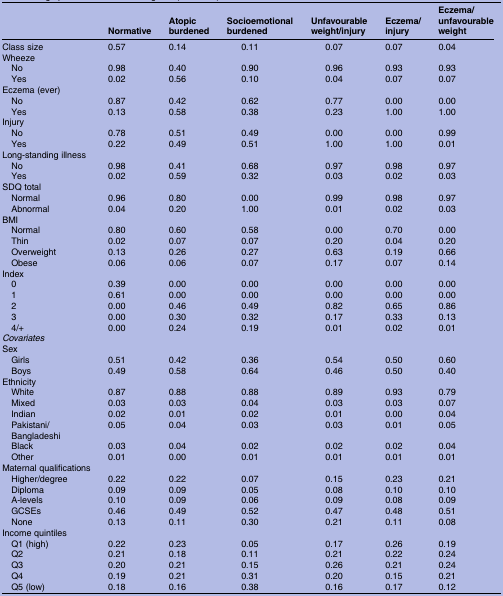
<table><thead><tr><td></td><td><b>Normative</b></td><td><b>Atopic burdened</b></td><td><b>Socioemotional burdened</b></td><td><b>Unfavourable weight/injury</b></td><td><b>Eczema/injury</b></td><td><b>Eczema/unfavourable weight</b></td></tr></thead><tbody><tr><td>Class size</td><td>0.57</td><td>0.14</td><td>0.11</td><td>0.07</td><td>0.07</td><td>0.04</td></tr><tr><td colspan="7">Wheeze</td></tr><tr><td> No</td><td>0.98</td><td>0.40</td><td>0.90</td><td>0.96</td><td>0.93</td><td>0.93</td></tr><tr><td> Yes</td><td>0.02</td><td>0.56</td><td>0.10</td><td>0.04</td><td>0.07</td><td>0.07</td></tr><tr><td colspan="7">Eczema (ever)</td></tr><tr><td> No</td><td>0.87</td><td>0.42</td><td>0.62</td><td>0.77</td><td>0.00</td><td>0.00</td></tr><tr><td> Yes</td><td>0.13</td><td>0.58</td><td>0.38</td><td>0.23</td><td>1.00</td><td>1.00</td></tr><tr><td colspan="7">Injury</td></tr><tr><td> No</td><td>0.78</td><td>0.51</td><td>0.49</td><td>0.00</td><td>0.00</td><td>0.99</td></tr><tr><td> Yes</td><td>0.22</td><td>0.49</td><td>0.51</td><td>1.00</td><td>1.00</td><td>0.01</td></tr><tr><td colspan="7">Long-standing illness</td></tr><tr><td> No</td><td>0.98</td><td>0.41</td><td>0.68</td><td>0.97</td><td>0.98</td><td>0.97</td></tr><tr><td> Yes</td><td>0.02</td><td>0.59</td><td>0.32</td><td>0.03</td><td>0.02</td><td>0.03</td></tr><tr><td colspan="7">SDQ total</td></tr><tr><td> Normal</td><td>0.96</td><td>0.80</td><td>0.00</td><td>0.99</td><td>0.98</td><td>0.97</td></tr><tr><td> Abnormal</td><td>0.04</td><td>0.20</td><td>1.00</td><td>0.01</td><td>0.02</td><td>0.03</td></tr><tr><td colspan="7">BMI</td></tr><tr><td> Normal</td><td>0.80</td><td>0.60</td><td>0.58</td><td>0.00</td><td>0.70</td><td>0.00</td></tr><tr><td> Thin</td><td>0.02</td><td>0.07</td><td>0.07</td><td>0.20</td><td>0.04</td><td>0.20</td></tr><tr><td> Overweight</td><td>0.13</td><td>0.26</td><td>0.27</td><td>0.63</td><td>0.19</td><td>0.66</td></tr><tr><td> Obese</td><td>0.06</td><td>0.06</td><td>0.07</td><td>0.17</td><td>0.07</td><td>0.14</td></tr><tr><td colspan="7">Index</td></tr><tr><td> 0</td><td>0.39</td><td>0.00</td><td>0.00</td><td>0.00</td><td>0.00</td><td>0.00</td></tr><tr><td> 1</td><td>0.61</td><td>0.00</td><td>0.00</td><td>0.00</td><td>0.00</td><td>0.00</td></tr><tr><td> 2</td><td>0.00</td><td>0.46</td><td>0.49</td><td>0.82</td><td>0.65</td><td>0.86</td></tr><tr><td> 3</td><td>0.00</td><td>0.30</td><td>0.32</td><td>0.17</td><td>0.33</td><td>0.13</td></tr><tr><td> 4/+</td><td>0.00</td><td>0.24</td><td>0.19</td><td>0.01</td><td>0.02</td><td>0.01</td></tr><tr><td colspan="7"><i>Covariates</i></td></tr><tr><td colspan="7">Sex</td></tr><tr><td> Girls</td><td>0.51</td><td>0.42</td><td>0.36</td><td>0.54</td><td>0.50</td><td>0.60</td></tr><tr><td> Boys</td><td>0.49</td><td>0.58</td><td>0.64</td><td>0.46</td><td>0.50</td><td>0.40</td></tr><tr><td colspan="7">Ethnicity</td></tr><tr><td> White</td><td>0.87</td><td>0.88</td><td>0.88</td><td>0.89</td><td>0.93</td><td>0.79</td></tr><tr><td> Mixed</td><td>0.03</td><td>0.03</td><td>0.04</td><td>0.03</td><td>0.03</td><td>0.07</td></tr><tr><td> Indian</td><td>0.02</td><td>0.01</td><td>0.02</td><td>0.01</td><td>0.00</td><td>0.04</td></tr><tr><td> Pakistani/Bangladeshi</td><td>0.05</td><td>0.04</td><td>0.03</td><td>0.03</td><td>0.01</td><td>0.05</td></tr><tr><td> Black</td><td>0.03</td><td>0.04</td><td>0.02</td><td>0.02</td><td>0.02</td><td>0.04</td></tr><tr><td> Other</td><td>0.01</td><td>0.00</td><td>0.01</td><td>0.01</td><td>0.01</td><td>0.01</td></tr><tr><td colspan="7">Maternal qualifications</td></tr><tr><td> Higher/degree</td><td>0.22</td><td>0.22</td><td>0.07</td><td>0.15</td><td>0.23</td><td>0.21</td></tr><tr><td> Diploma</td><td>0.09</td><td>0.09</td><td>0.05</td><td>0.08</td><td>0.10</td><td>0.10</td></tr><tr><td> A-levels</td><td>0.10</td><td>0.09</td><td>0.06</td><td>0.09</td><td>0.08</td><td>0.09</td></tr><tr><td> GCSEs</td><td>0.46</td><td>0.49</td><td>0.52</td><td>0.47</td><td>0.48</td><td>0.51</td></tr><tr><td> None</td><td>0.13</td><td>0.11</td><td>0.30</td><td>0.21</td><td>0.11</td><td>0.08</td></tr><tr><td colspan="7">Income quintiles</td></tr><tr><td> Q1 (high)</td><td>0.22</td><td>0.23</td><td>0.05</td><td>0.17</td><td>0.26</td><td>0.19</td></tr><tr><td> Q2</td><td>0.21</td><td>0.18</td><td>0.11</td><td>0.21</td><td>0.22</td><td>0.24</td></tr><tr><td> Q3</td><td>0.20</td><td>0.21</td><td>0.15</td><td>0.26</td><td>0.21</td><td>0.24</td></tr><tr><td> Q4</td><td>0.19</td><td>0.21</td><td>0.31</td><td>0.20</td><td>0.15</td><td>0.21</td></tr><tr><td> Q5 (low)</td><td>0.18</td><td>0.16</td><td>0.38</td><td>0.16</td><td>0.17</td><td>0.12</td></tr></tbody></table>